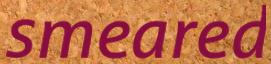
smeared